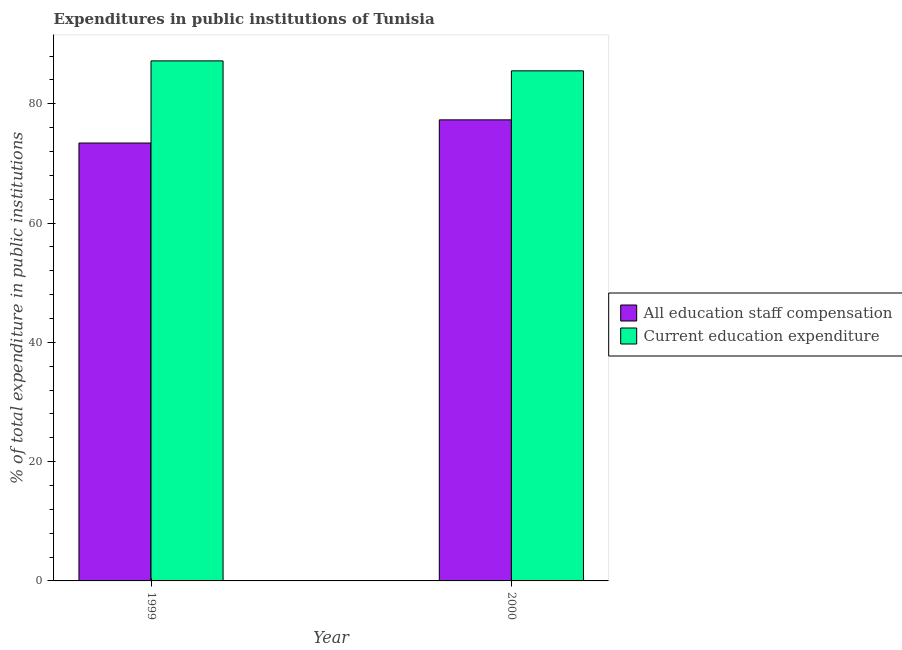
| Year | All education staff compensation | Current education expenditure |
 | --- | --- | --- |
 | 1999 | 73.4 | 87.2 |
 | 2000 | 77.3 | 85.5 |